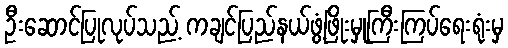
ဦးဆောင်ပြုလုပ်သည့် ကချင်ပြည်နယ်ဖွံ့ဖြိုးမှုကြီးကြပ်ရေးရုံးမှ